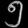
Digit: ၅